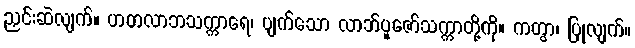
ညှင်းဆဲလျက်။ ဟတလာဘသက္ကာရေ၊ ပျက်သော လာဘ်ပူဇော်သက္ကာတို့ကို။ ကတွာ၊ ပြုလျက်။